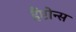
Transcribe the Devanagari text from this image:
हैंप्टोन्स